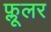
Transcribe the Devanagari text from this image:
फ्लूलर